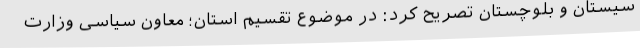
سیستان و بلوچستان تصریح کرد: در موضوع تقسیم استان؛ معاون سیاسی وزارت